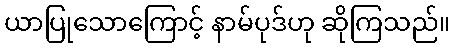
ယာပြုသောကြောင့် နာမ်ပုဒ်ဟု ဆိုကြသည်။